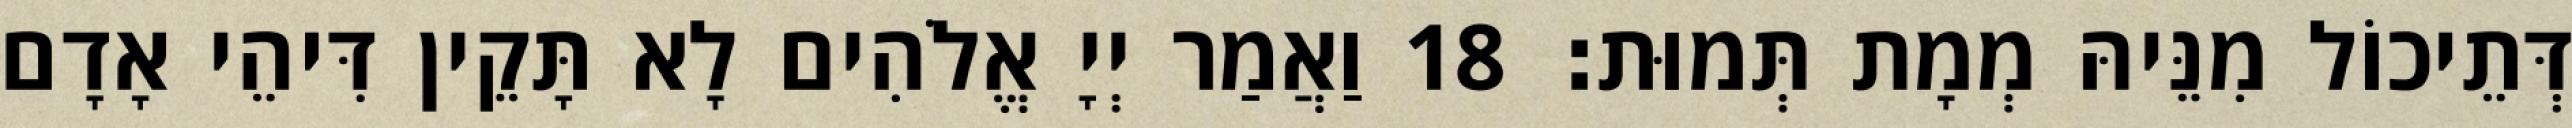
דְּתֵיכוֹל מִנֵּיהּ מְמָת תְּמוּת׃ 18 וַאֲמַר יְיָ אֱלֹהִים לָא תָּקֵין דִּיהֵי אָדָם